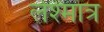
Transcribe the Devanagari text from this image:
लेश्मात्र